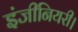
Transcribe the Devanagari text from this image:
इंजीनियरी।